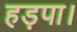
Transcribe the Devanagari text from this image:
हड़पा।